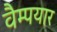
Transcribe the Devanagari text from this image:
वैम्पयार